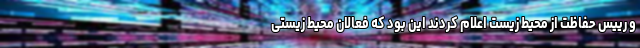
و رییس حفاظت از محیط‌ زیست اعلام کردند این بود که فعالان محیط ‌زیستی